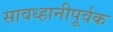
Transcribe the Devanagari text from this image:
सावध्हानीपूर्वक